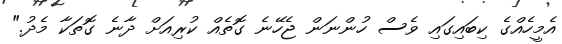
އެމީހެއްގެ ކިބައިގައި ވެސް ހުންނަން ޖެހޭނެ ގޮތެއް ކުރިއަށް ދާނެ ގޮތަކާ މެދު."